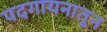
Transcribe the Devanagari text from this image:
पदगायनातून